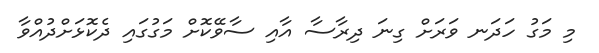
މި މަގު ހަދަނ ވަރަށް ގިނަ ދިރާސާ އާއި ސާވޭކޮށް މަގުގައި ދެކޮޅަށްދުއްވާ